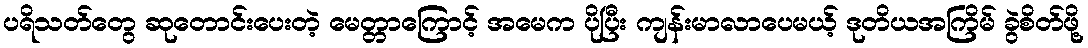
ပရိသတ်တွေ ဆုတောင်းပေးတဲ့ မေတ္တာကြောင့် အမေက ပိုပြီး ကျန်းမာလာပေမယ့် ဒုတိယအကြိမ် ခွဲစိတ်ဖို့